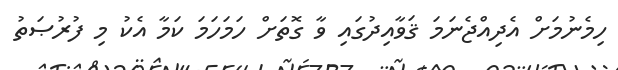
ހިމެނުމަށް އެދިއްޖެނަމަ ޤަވާއިދުގައި ވާ ގޮތަށް ހަމަހަމަ ކަމާ އެކު މި ފުރުޞަތު